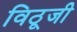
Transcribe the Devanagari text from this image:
विठूजी